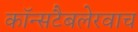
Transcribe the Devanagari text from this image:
कॉन्सटैबलेरवाच